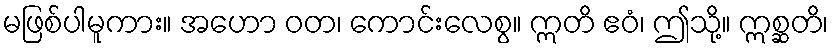
မဖြစ်ပါမူကား။ အဟော ဝတ၊ ကောင်းလေစွ။ ဣတိ ဧဝံ၊ ဤသို့။ ဣစ္ဆတိ၊